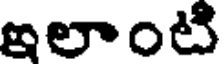
ఇలాంటి